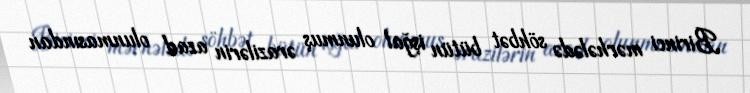
Birinci mərhələdə söhbət bütün işğal olunmuş ərazilərin azad olunmasından